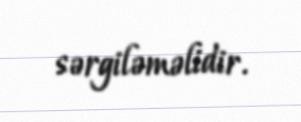
sərgiləməlidir.